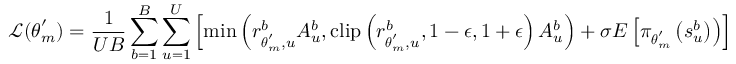
\mathcal { L } ( \boldsymbol { \theta } _ { m } ^ { \prime } ) = \frac { 1 } { U B } \sum _ { b = 1 } ^ { B } \sum _ { u = 1 } ^ { U } \left[ \operatorname* { m i n } \left( r _ { \boldsymbol { \theta } _ { m } ^ { \prime } , u } ^ { b } A _ { u } ^ { b } , \operatorname { c l i p } \left( r _ { \boldsymbol { \theta } _ { m } ^ { \prime } , u } ^ { b } , 1 - \epsilon , 1 + \epsilon \right) A _ { u } ^ { b } \right) + \sigma E \left[ \pi _ { \boldsymbol { \theta } _ { m } ^ { \prime } } \left( s _ { u } ^ { b } \right) \right) \right]